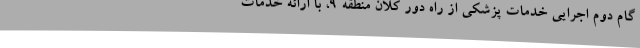
گام دوم اجرایی خدمات پزشکی از راه دور کلان منطقه 9، با ارائه خدمات